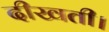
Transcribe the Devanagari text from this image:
दीखती।